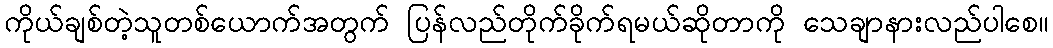
ကိုယ်ချစ်တဲ့သူတစ်ယောက်အတွက် ပြန်လည်တိုက်ခိုက်ရမယ်ဆိုတာကို သေချာနားလည်ပါစေ။